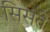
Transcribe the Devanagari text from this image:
सिसते